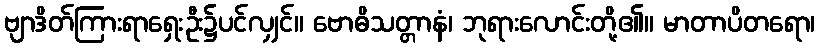
ဗျာဒိတ်ကြားရာရှေးဦး၌ပင်လျှင်။ ဗောဓိသတ္တာနံ၊ ဘုရားလောင်းတို့၏။ မာတာပိတရော၊